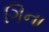
ગિના